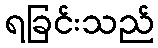
ရခြင်းသည်